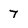
Character: 7